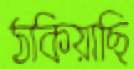
ঠকিয়াছি